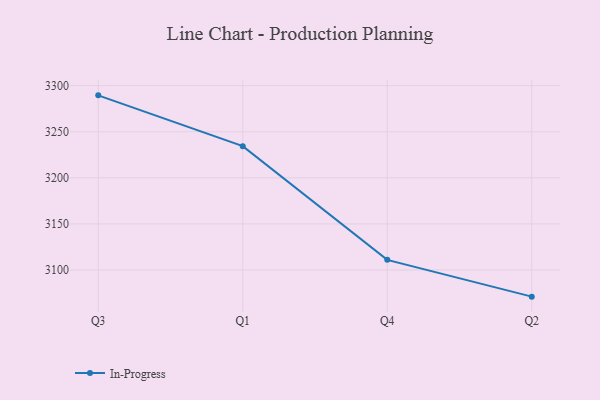
{"axis": {"x": "Quarter", "y": "LTV (USD)"}, "legend": ["In-Progress"], "data": [{"x": "Q3", "y": 3289.5, "type": "In-Progress"}, {"x": "Q1", "y": 3234.4, "type": "In-Progress"}, {"x": "Q4", "y": 3111.0, "type": "In-Progress"}, {"x": "Q2", "y": 3071.1, "type": "In-Progress"}]}